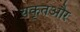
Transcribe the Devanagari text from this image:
यकृतऔर